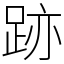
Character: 跡